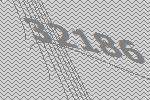
32186